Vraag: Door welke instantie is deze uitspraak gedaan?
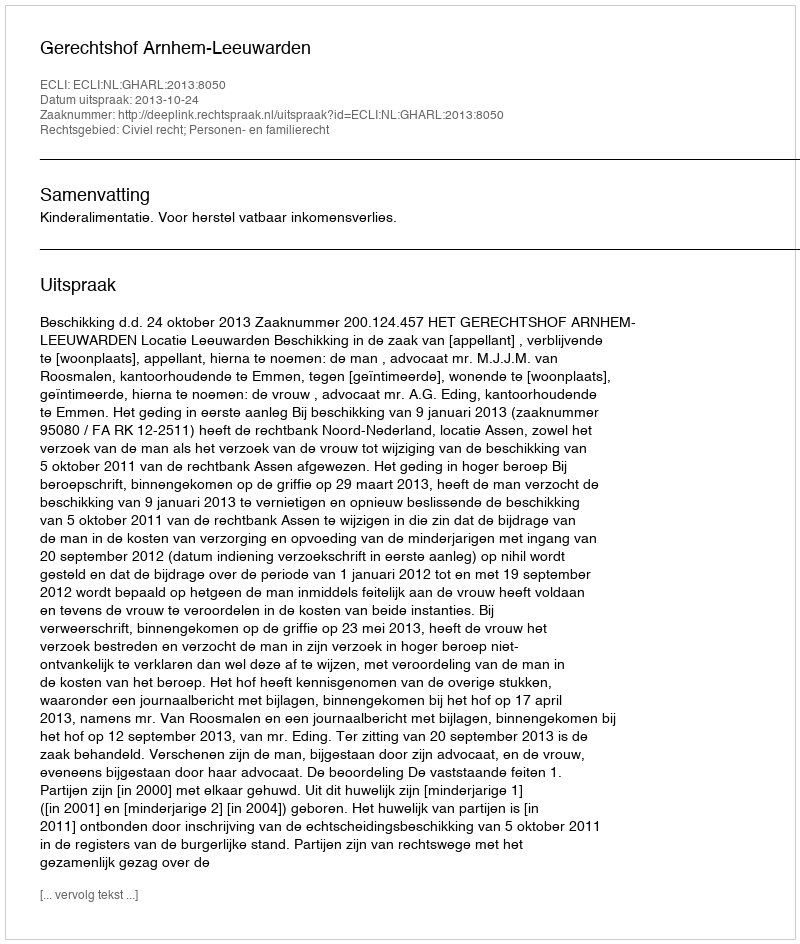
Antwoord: Gerechtshof Arnhem-Leeuwarden